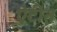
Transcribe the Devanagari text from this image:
ऐटीत